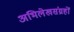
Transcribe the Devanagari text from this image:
अभिलेखसंग्रहों